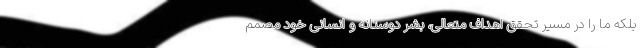
بلکه ما را در مسیر تحقق اهداف متعالی، بشر دوستانه و انسانی خود مصمم